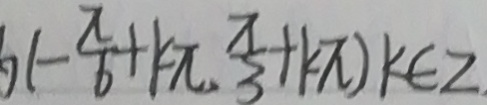
( - \frac { \pi } { 6 } + k \pi , \frac { \pi } { 3 } + k \pi ) k \in z